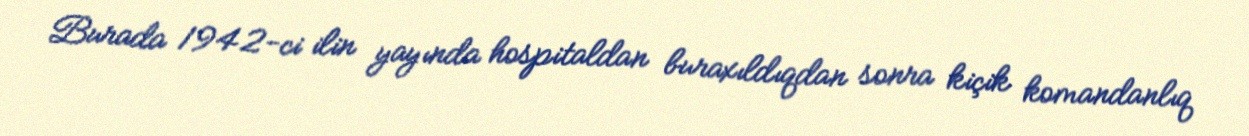
Burada 1942-ci ilin yayında hospitaldan buraxıldıqdan sonra kiçik komandanlıq